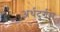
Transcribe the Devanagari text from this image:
अर्थदुर्गम